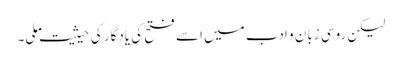
لیکن روسی زبان و ادب میں اسے فتح کی یادگار کی حیثیت ملی۔